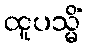
ထူပသ္မိံ